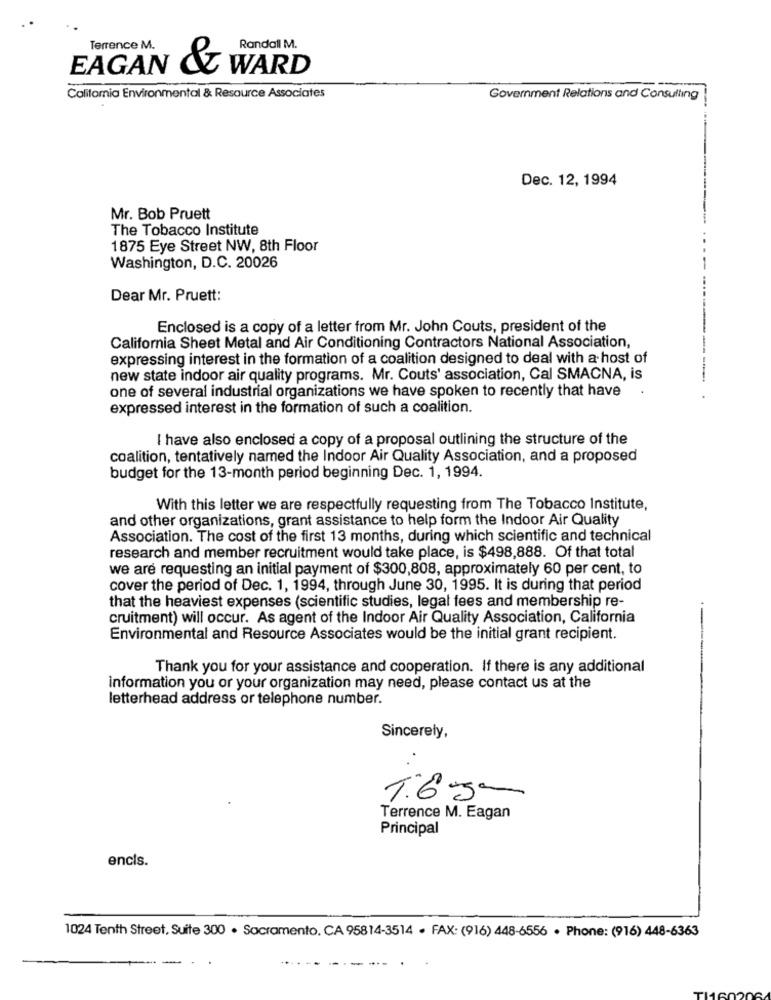
Terrence M.
Randall M.
EAGAN & WARD
Califomia Environmental & Resource Associates
Government Relations and Consulting
Dec. 12, 1994
Mr. Bob Pruett
The Tobacco Institute
1875 Eye Street NW, 8th Floor
Washington, D.C. 20026
Dear Mr. Pruett:
Enclosed is a copy of a letter from Mr. John Couts, president of the
California Sheet Metal and Air Conditioning Contractors National Association,
expressing interest in the formation of a coalition designed to deal with a host of
new state indoor air quality programs. Mr. Couts' association, Cal SMACNA, is
one of several industrial organizations we have spoken to recently that have
expressed interest in the formation of such a coalition.
I have also enclosed a copy of a proposal outlining the structure of the
coalition, tentatively named the Indoor Air Quality Association, and a proposed
budget for the 13-month period beginning Dec. 1, 1994.
With this letter we are respectfully requesting from The Tobacco Institute,
and other organizations, grant assistance to help form the Indoor Air Quality
Association. The cost of the first 13 months, during which scientific and technical
research and member recruitment would take place, is $498,888. Of that total
we are requesting an initial payment of $300,808, approximately 60 per cent, to
cover the period of Dec. 1, 1994, through June 30, 1995. It is during that period
that the heaviest expenses (scientific studies, legal fees and membership re-
cruitment) will occur. As agent of the Indoor Air Quality Association, California
Environmental and Resource Associates would be the initial grant recipient.
Thank you for your assistance and cooperation. If there is any additional
information you or your organization may need, please contact us at the
letterhead address or telephone number.
Sincerely,
T:65~
Terrence M. Eagan
Principal
encis.
1024 Tenth Street, Suite 300 . Sacramento, CA 95814-3514 - FAX: (916) 448-6556 . Phone: (916) 448-6363